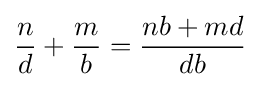
{\frac {n}{d}}+{\frac {m}{b}}={\frac {nb+md}{db}}